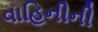
વાહિનીની